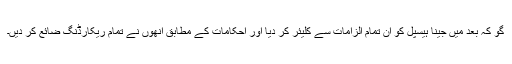
گو کہ بعد میں جینا ہیسپل کو ان تمام الزامات سے کلیئر کر دیا اور احکامات کے مطابق انھوں نے تمام ریکارڈنگ ضائع کر دیں۔